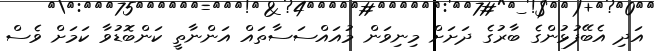
އަދި އެބޭފުޅުންގެ ބާރުގެ ދަށަށް މިނިވަން މުއައްސަސާތައް އަންނާތީ ކަންބޮޑުވާ ކަމަށް ވެސް